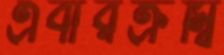
এবারক্রম্বি